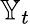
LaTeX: \mathbb{Y}_{t}